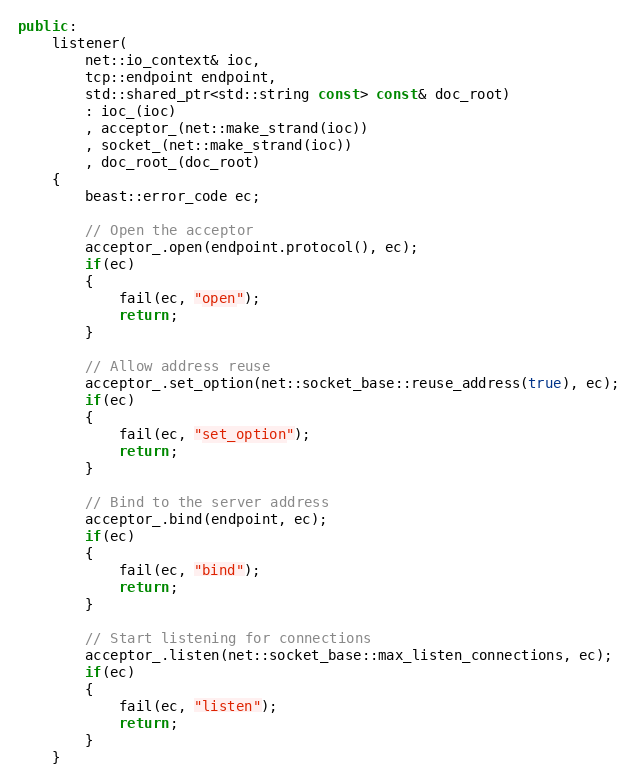
Language: C++
public:
    listener(
        net::io_context& ioc,
        tcp::endpoint endpoint,
        std::shared_ptr<std::string const> const& doc_root)
        : ioc_(ioc)
        , acceptor_(net::make_strand(ioc))
        , socket_(net::make_strand(ioc))
        , doc_root_(doc_root)
    {
        beast::error_code ec;

        // Open the acceptor
        acceptor_.open(endpoint.protocol(), ec);
        if(ec)
        {
            fail(ec, "open");
            return;
        }

        // Allow address reuse
        acceptor_.set_option(net::socket_base::reuse_address(true), ec);
        if(ec)
        {
            fail(ec, "set_option");
            return;
        }

        // Bind to the server address
        acceptor_.bind(endpoint, ec);
        if(ec)
        {
            fail(ec, "bind");
            return;
        }

        // Start listening for connections
        acceptor_.listen(net::socket_base::max_listen_connections, ec);
        if(ec)
        {
            fail(ec, "listen");
            return;
        }
    }